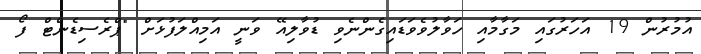
އުމުރުން 19 އަހަރުގައި މަގާމާއި ހަވާލުވެވަޑައިގެންނެވި ޑުވާލިއޭ ވަނީ އަމިއްލަފުޅަށް "ޕްރެސިޑެންޓް ފޯ